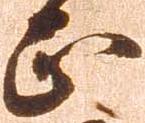
正